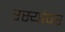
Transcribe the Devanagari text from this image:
रस्यांवर